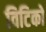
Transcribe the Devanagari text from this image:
विटिको